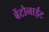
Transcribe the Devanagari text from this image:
बेंटोनाईट